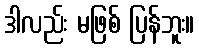
ဒါလည်း မဖြစ် ပြန်ဘူး။